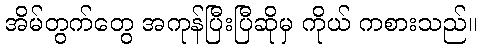
အိမ်တွက်တွေ အကုန်ပြီးပြီဆိုမှ ကိုယ် ကစားသည်။